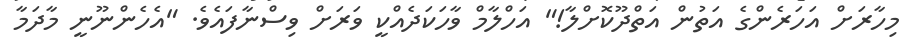
މިހާރަށް އަހަރެންގެ އަތުން އަތްދޫކޮށްލާ!" އަހްލާމް ވާހަކަދެއްކީ ވަރަށް ވިސްނާފައެވެ. "އެހެންނޫނީ މާދަމާ